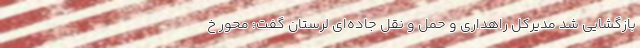
بازگشایی شد مدیرکل راهداری و حمل و نقل جاده‌ای لرستان گفت: محور خ